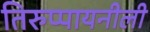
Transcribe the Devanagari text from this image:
तिरुप्पायनीली